Medical and sanitary report of the native army of Madras for the year
Year: 1872
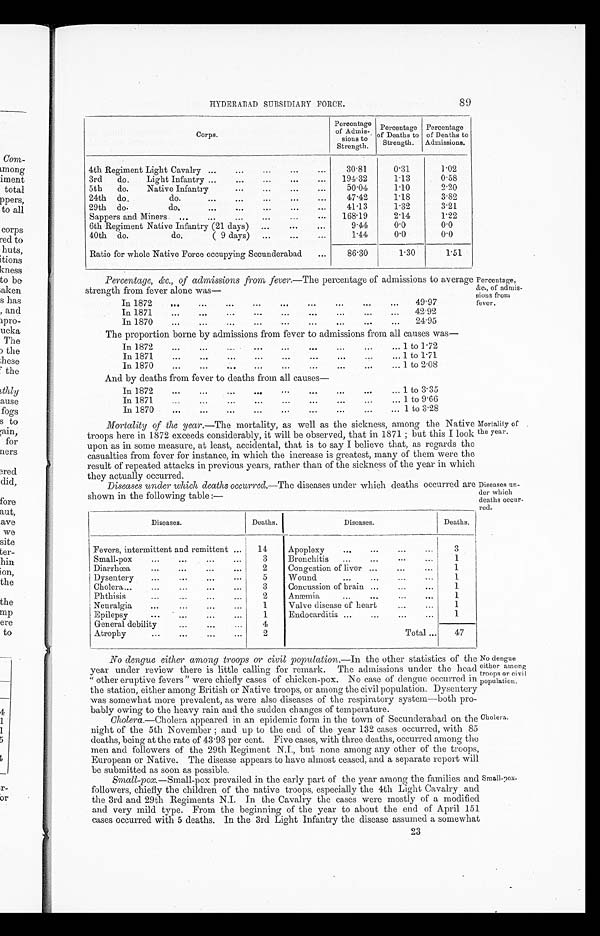
89
H Y D E R A B A D S U B S I D I A R Y F O R C E .
Corps.
Percentage
of Admis-
sious to
Strength.
Percentage
of Deaths to
Strength.
Percentage
of Deaths to
Admissions.
4th Regiment Light Cavalry ...
...
...
...
...
30.81
0.31
1.02
3rd
do.
Light Infantry ...
...
...
...
...
194.32
1.13
0.58
5th
do.
Native Infantry
...
...
...
...
50.04
1.10
2 . 2 0
24th do.
do.
...
...
...
...
...
47.42
1.18
3.82
29th do.
do.
...
...
...
...
...
41.13
1.32
3.21
Sappers and Miners. ...
...
...
...
...
...
168. 19
2.14
1.22
6th Regiment Native Infantry (21 days)
...
...
...
9.44
0.0
0.0
40th do.
do.
( 9 days)
...
...
1.44
0.0
0.0
Ratio for whole Native Force occupying Secunderabad
...
86.30
1.30
1.51
Percentage, &c, of admissions from fever—The percentage of admissions to average
strength from fever alone was—
• Percentage,
&c., of admis-
sions from
fever.
In 1872
. . .
...
...
...
. . . ...
...
...
...
49 . 97
In
1 8 7 1
. . .
. . .
. . .
. . .
. . .
. . .
. . .
. . .
. . .
42.92
In 1870
...
...
...
...
...
. . .
. . .
...
. . .
24.95
The proportion borne by admissions from fever to admissions from all causes was—
In 1872
...
...
. . .
. . . ...
. . .
...
...
... 1 to 1.72
In 1871
...
...
. . .
...
. . .
. . .
...
...
... 1 to 1.71
In 1870
...
...
. . .
. . .
. . .
. . .
...
...
... 1 to 2.08
And by deaths from fever to deaths from all causes—
In 1872
...
...
...
. . .
.•
.•
....
...
... 1 to 3.35
In 1871
...
...
. ..
...
...
...
...
...
... 1 to 9 . 66
In 1870
..
...
...
...
...
...
...
...
... 1 to 3 . 28
Mortality of the year.—The mortality, as well as the sickness, among the Native
troops here in 1872 exceeds considerably, it will be observed, that in 1871 ; but this I look
upon as in some measure, at least, accidental, that is to say I believe that, as regards the
casualties from fever for instance, in which the increase is greatest, many of them were the
result of repeated attacks in previous years, rather than of the sickness of the year in which
they actually occurred.
Diseases under which deaths occurred.—The diseases under which deaths occurred are
shown in the following table :—
Diseases.
Deaths.
Diseases.
Deaths.
Fevers, intermittent and remittent ...
14
Apoplexy
...
...
...
...
3
Small-pox...
...
...
3
Bronchitis
...
...
...
. ..
1
1. Diarrhœa...
...
...
...
2
Congestion of liver ...
...
...
1
Dysentery
... ...
...
5
Wound
...
...
...
1
Cholera......
...
3
Concussion of brain ...
...
...
1
Phthisis
...
...
...
...
2
Anæmia
. . .
...
...
1
Neuralgia...
Valve disease of heart
...
...
1
Epilepsy
... ...
...
...
1
Endocarditis ...
...
...
...
1
General debility
...
4
Atrophy
...
2
Total ...
47
Mori ality of .
the year.
Diseases un-
der which
deaths occur-
red.
No dengue either among troops or civil population.— In the other statistics of the
year under review there is little calling .for remark. The admissions under the head
" other eruptive fevers " were chiefly cases of chicken¬pox. No case of dengue occurred in
the station, either among British or Native troops, or among the civil population. Dysentery
was somewhat more prevalent, as were also diseases of the respiratory system—both pro-
bably owing to the heavy rain and the sudden changes of temperature.
Cholera.—Cholera appeared in an epidemic form in the town of Secunderabad on the
night of the 5th November ; and up to the end of the year 132 cases occurred, with 85
deaths, being at the rate of 43 . 93 per cent. Five cases, with three deaths, occurred among the
men and followers of the 29th Regiment N.I., but none among any other of the troops,
European or Native. The disease appears to have almost ceased, and. a separate report will.
be submitted as soon as possible.
Small-pox.—Small-pox prevailed in. the early part of the year among the families and
followers, chiefly the children of the native troops, especially the 4th Light Cavalry and
the 3rd and 29th Regiments N.I. In the Cavalry the cases were mostly of a modified
and very mild type. From the beginning of the year to about the end of April 151
cases occurred with 5 deaths. In the 3rd Light Infantry the disease assumed a somewhat
No dengue
either among
troops or civil
population.
Cholera.
Small-pox.
23